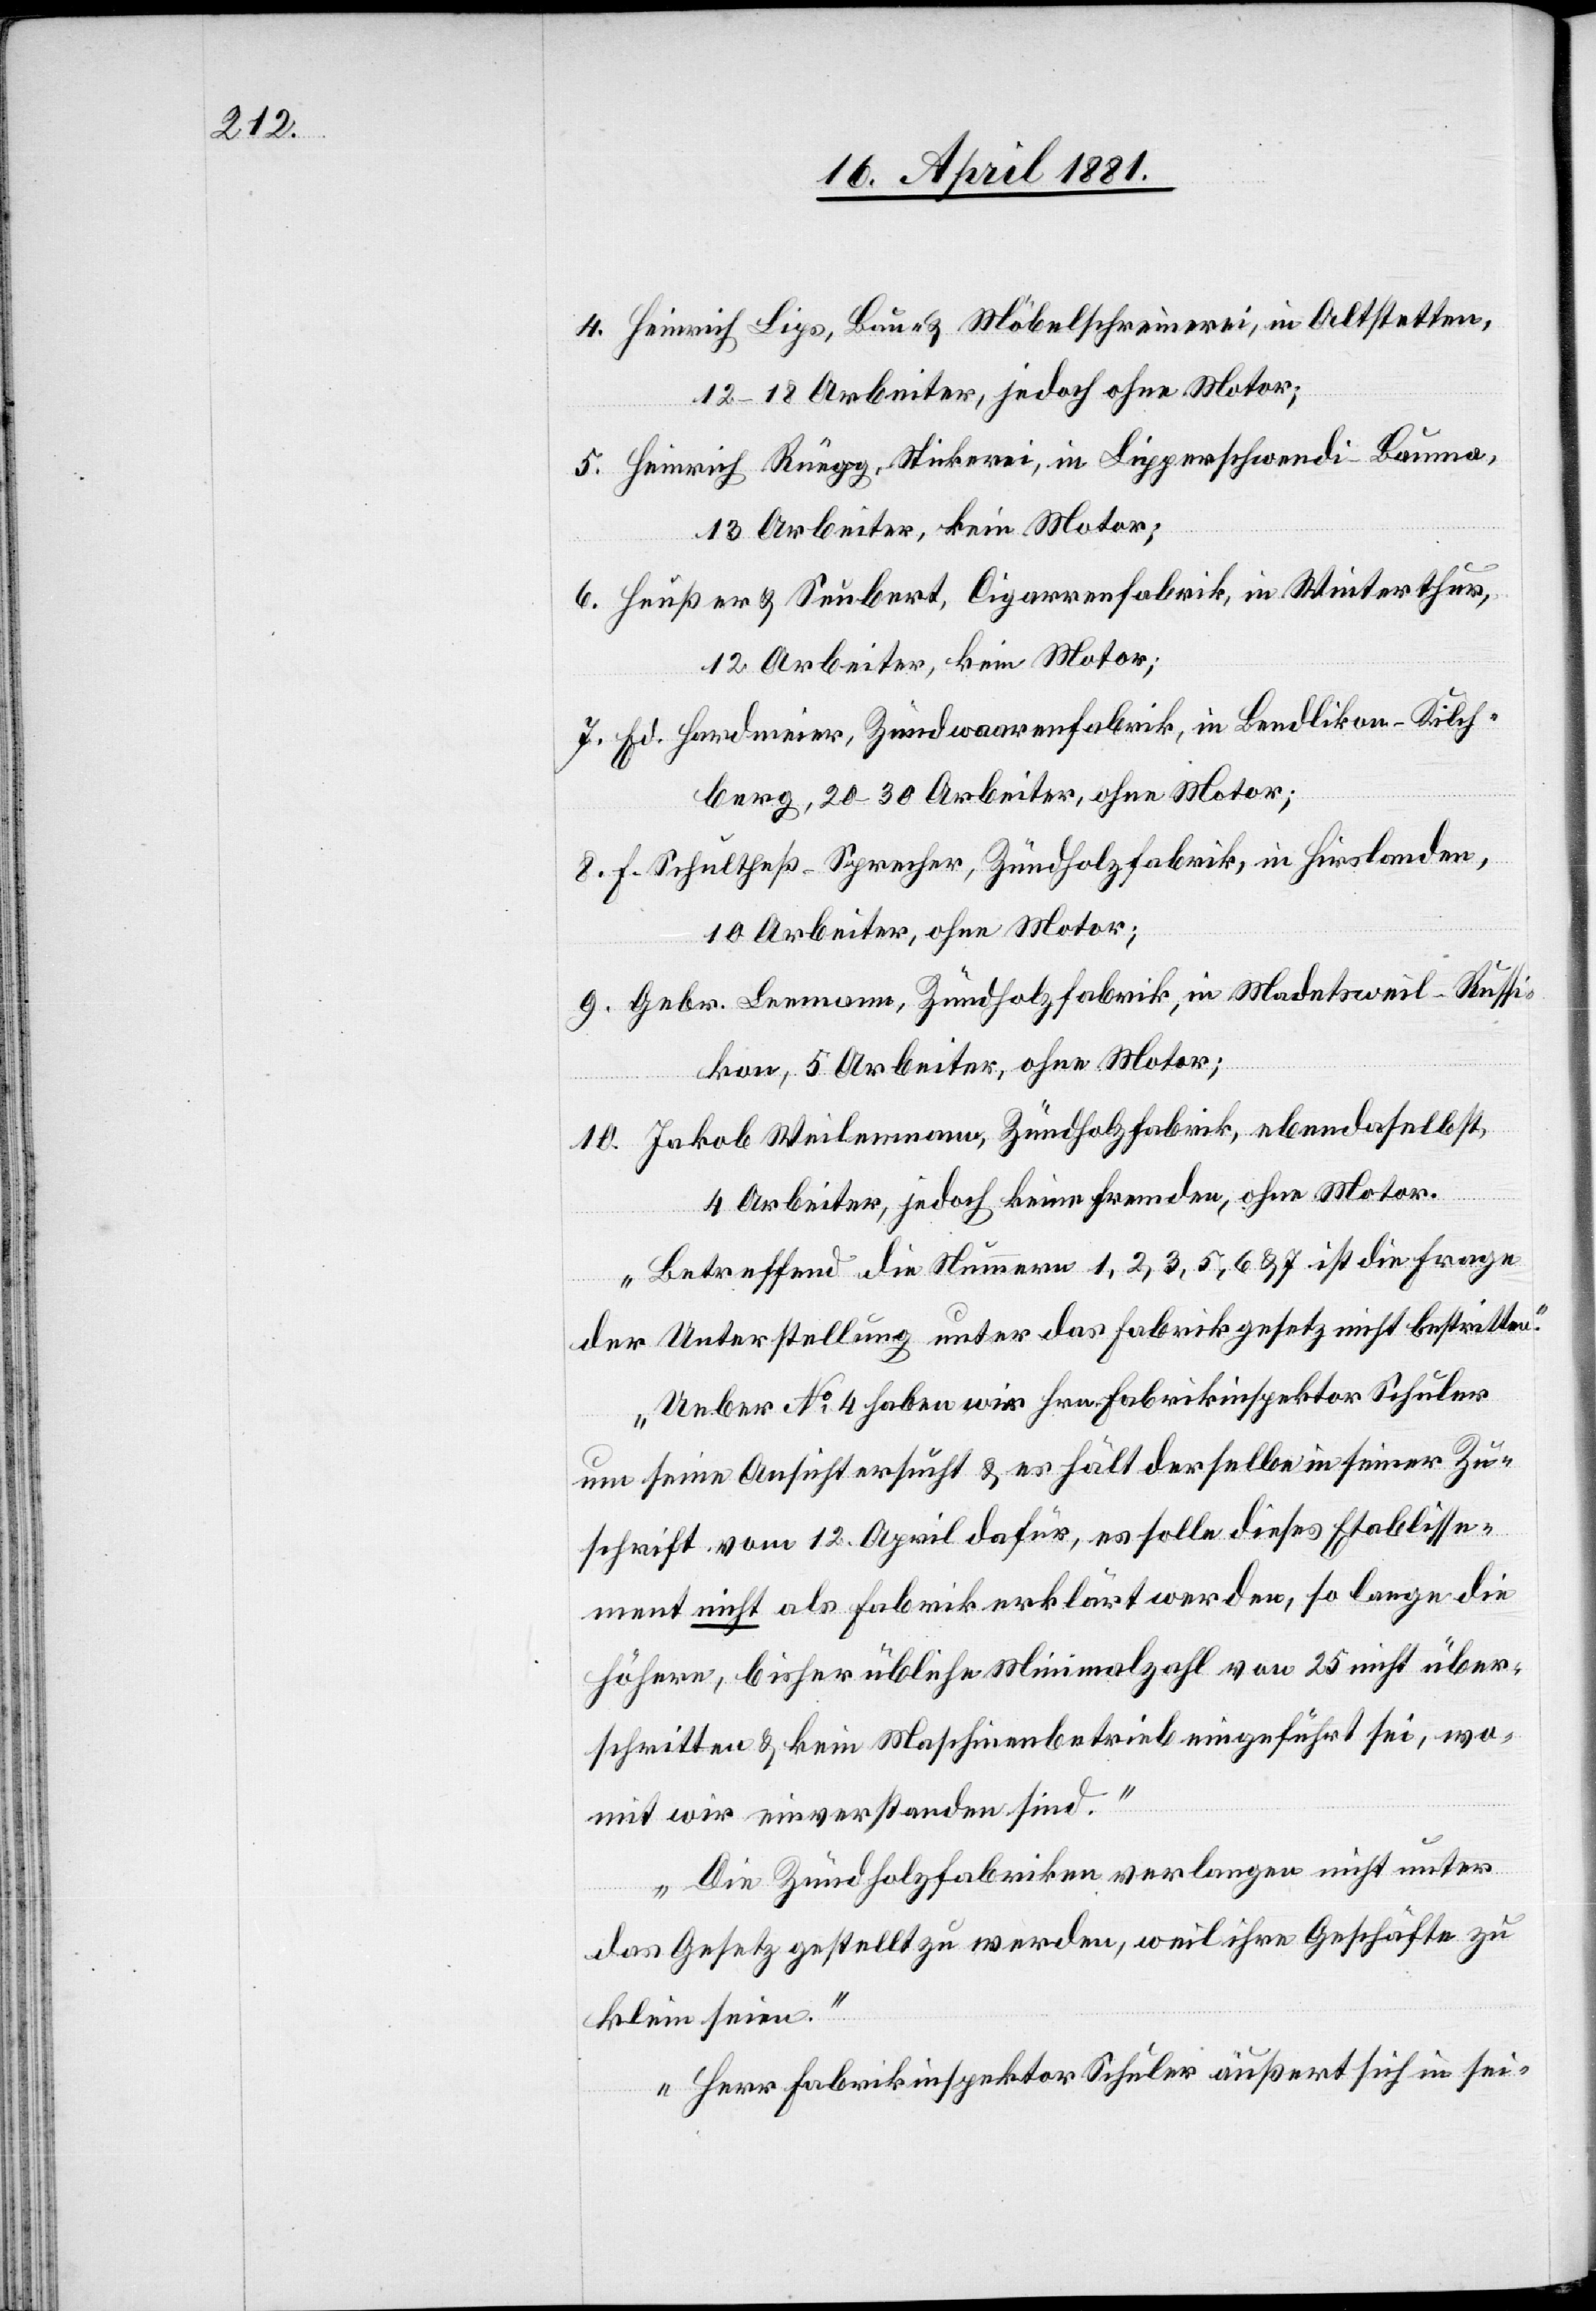
4. Heinrich Lips, Bau- & Möbelschreinerei, in Altstetten,
12–18 Arbeiter, jedoch ohne Motor;
5. Heinrich Rüegg, Stickerei, in Lipperschwendi - Bauma,
13 Arbeiter, kein Motor;
6. Heußer & Seubert, Cigarrenfabrik, in Winterthur,
12 Arbeiter, kein Motor;
7. Ed. Hardmeier, Zündwarenfabrik, in Bendlikon - Kilch¬
berg, 20–30 Arbeiter, ohne Motor;
8. F. Schultheß-Sprecher, Zündholzfabrik, in Hirslanden,
10 Arbeiter, ohne Motor;
9. Gebr. Leemann, Zündholzfabrik, in Madetsweil - Russi¬
kon, 5 Arbeiter, ohne Motor;
10. Jakob Weilenmann, Zündholzfabrik, ebendaselbst,
4 Arbeiter, jedoch keine fremden, ohne Motor.
Betreffend die Nummern 1, 2, 3, 5, 6 & 7 ist die Frage
der Unterstellung unter das Fabrikgesetz nicht bestritten.
Ueber No 4 haben wir Hrn. Fabrikinspektor Schuler
um seine Ansicht ersucht & es hält derselbe in seiner Zu¬
schrift, vom 12. April dafür, es solle dieses Etablisse¬
ment nicht als Fabrik erklärt werden, so lange die
höhere, bisher übliche Minimalzahl vom 25 nicht über¬
schritten & kein Maschinenbetrieb eingeführt sei, wo¬
mit wir einverstanden sind.
Die Zündholzfabriken verlangen nicht unter
das Gesetz gestellt zu werden, weil ihre Geschäfte zu
klein seien.
Herr Fabrikinspektor Schuler äußert sich in sei-